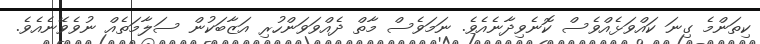
ކިތަންމެ ގިނަ ކައްވަޅެއްވެސް ކޮނެވިދާނެއެވެ. ނަމަވެސް މާތް ދެއްވަވަންހުރި އަޒާބަކުން ސަލާމަތެއް ނުވެވޭނެއެވެ.